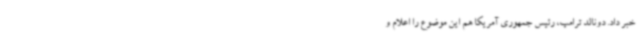
خبر داد. دونالد ترامپ، رئیس جمهوری آمریکا هم این موضوع را اعلام و